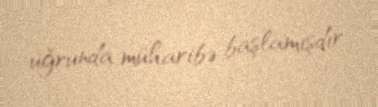
uğrunda müharibə başlamışdır.